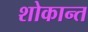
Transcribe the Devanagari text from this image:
शोकान्‍त